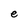
Character: e